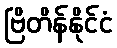
ဗြိတိန်နိုင်ငံ